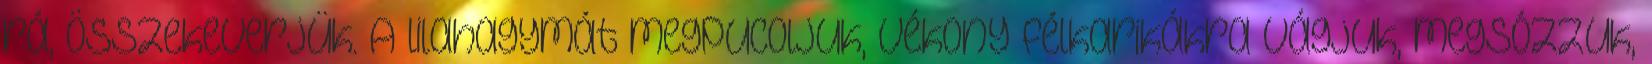
rá, összekeverjük. A lilahagymát megpucoljuk, vékony félkarikákra vágjuk, megsózzuk,